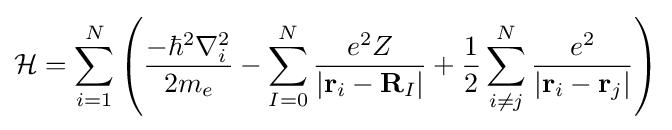
{\mathcal {H}}=\sum _{i=1}^{N}\left({\frac {-\hbar ^{2}\nabla _{i}^{2}}{2m_{e}}}-\sum _{I=0}^{N}{\frac {e^{2}Z}{\left|\mathbf {r} _{i}-\mathbf {R} _{I}\right|}}+{\frac {1}{2}}\sum _{i\neq j}^{N}{\frac {e^{2}}{\left|\mathbf {r} _{i}-\mathbf {r} _{j}\right|}}\right)